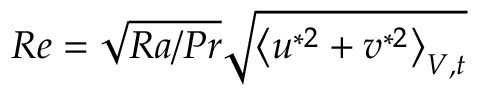
R e = \sqrt { R a / P r } \sqrt { \left\langle u ^ { * 2 } + v ^ { * 2 } \right\rangle _ { V , t } }